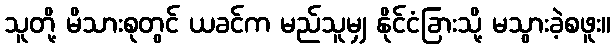
သူတို့ မိသားစုတွင် ယခင်က မည်သူမျှ နိုင်ငံခြားသို့ မသွားခဲ့စဖူး။